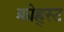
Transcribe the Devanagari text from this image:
क्रोह्र्स्ट